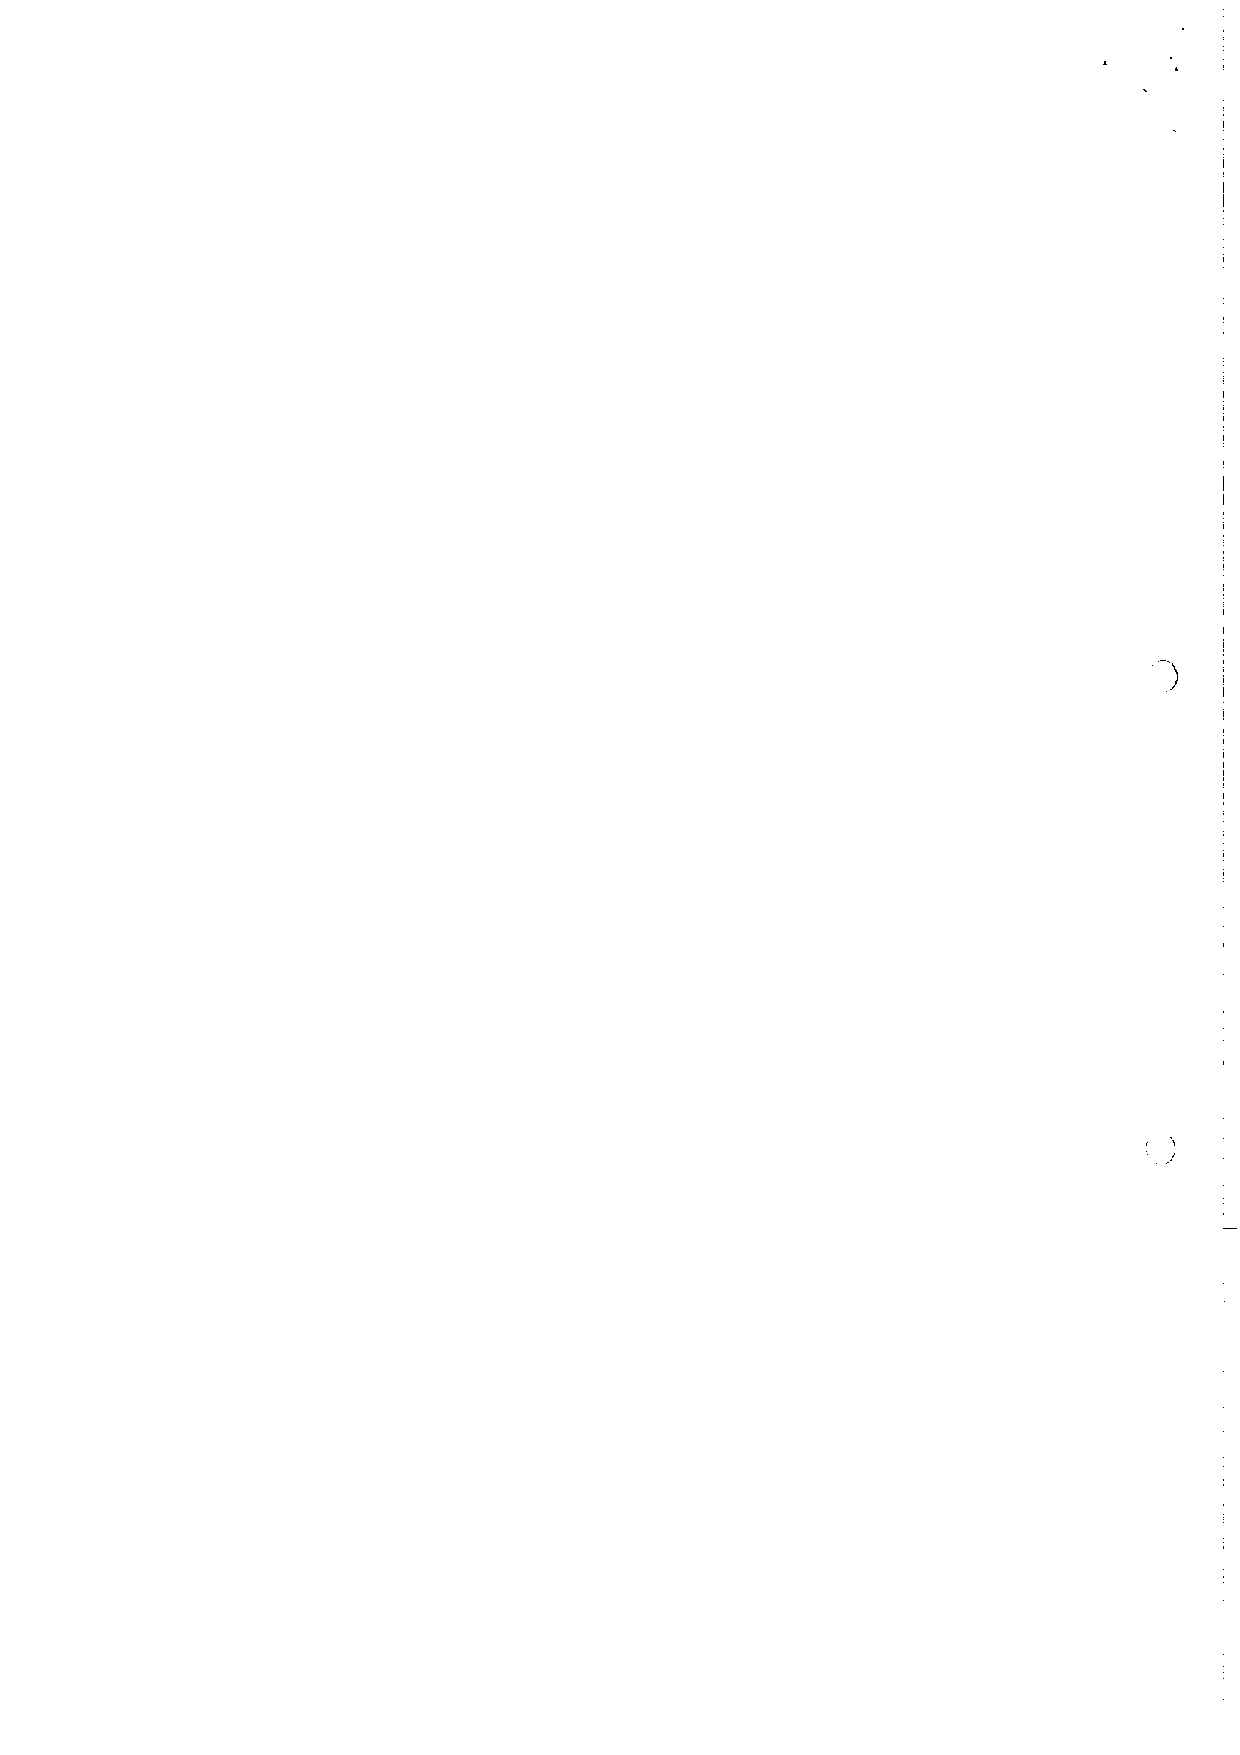
)